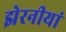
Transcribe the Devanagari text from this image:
झेरनीयां